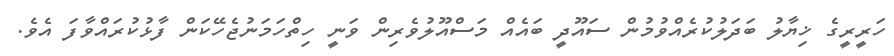
ހަރީރީގެ ޚިޔާލު ބަދަލުކުރެއްވުމުން ސައޫދީ ބައެއް މަސްއޫލުވެރިން ވަނީ ހިތްހަމަނުޖެހޭކަން ފާޅުކުރައްވާފަ އެވެ.